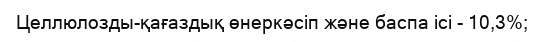
Целлюлозды-қағаздық өнеркәсіп және баспа ісі - 10,3%;